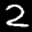
Label: 2